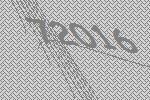
72016